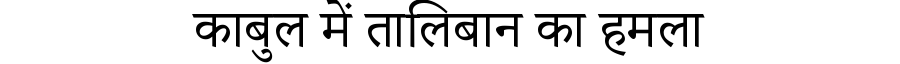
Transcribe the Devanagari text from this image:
काबुल में तालिबान का हमला